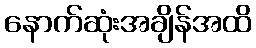
နောက်ဆုံးအချိန်အထိ